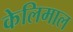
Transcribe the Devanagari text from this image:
केलिमाल